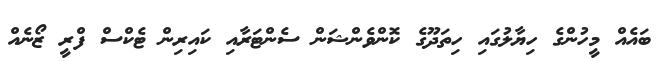
ބައެއް މީހުންގެ ހިޔާލުގައި ހިތަދޫގެ ކޮންވެންޝަން ސެންޓަރާއި ކައިރިން ޓެކްސް ފްރީ ޒޯނެއް